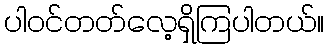
ပါဝင်တတ်လေ့ရှိကြပါတယ်။